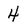
Character: 4